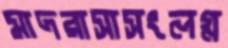
মাদরাসাসংলগ্ন